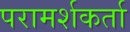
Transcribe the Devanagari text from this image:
परामर्शकर्ता